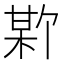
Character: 𪲣